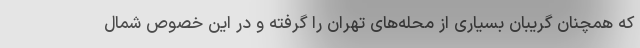
که همچنان گریبان بسیاری از محله‌های تهران را گرفته و در این خصوص شمال